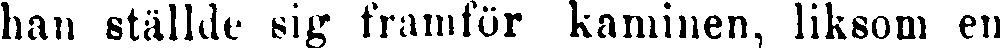
han ställde sig framför kaminen, liksom en